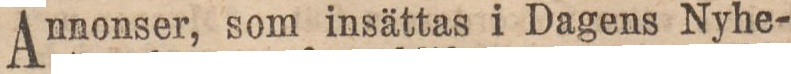
Annonser, som insättas i Dagens Nyhe-